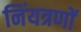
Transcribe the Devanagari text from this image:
निंयत्रणों